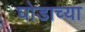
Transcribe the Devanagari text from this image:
घोडाच्या